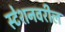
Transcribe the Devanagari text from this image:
स्टेशनवरील